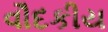
વૌદકીય